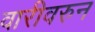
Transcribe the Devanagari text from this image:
वारीवरुन